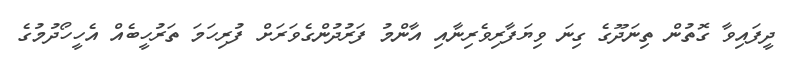
ދީފައިވާ ގޮތުން ތިނަދޫގެ ގިނަ ވިޔަފާރިވެރިނާއި އާންމު ފަރުދުންގެވަރަށް ފުރިހަމަ ތަރުހީބެއް އެހީހޯދުމުގެ